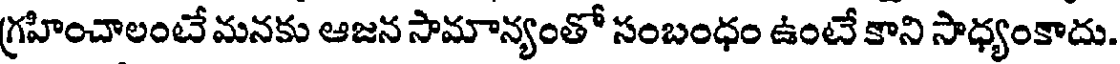
గ్రహించాలంటే మనకు ఆజన సామాన్యంతో సంబంధం ఉంటే కాని సాధ్యంకాదు.